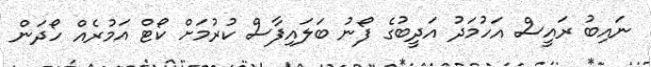
ނައިބު ރައީސް އަހުމަދު އަދީބުގެ ފޯނު ބަލައިފާސް ކުރުމަށް ކޯޓް އަމުރެއް ހޯދަން